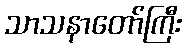
သာသနာတော်ကြီး